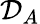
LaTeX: \mathcal{D}_{A}